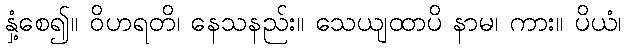
နှံ့စေ၍။ ဝိဟရတိ၊ နေသနည်း။ သေယျထာပိ နာမ၊ ကား။ ပိယံ၊